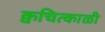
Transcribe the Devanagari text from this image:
क्वचित्काळी